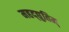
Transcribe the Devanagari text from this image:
महद्‌द्युतिम्